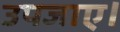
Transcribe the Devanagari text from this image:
उपजाए।